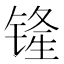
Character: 𫟾